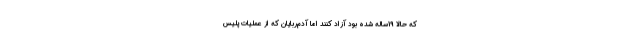
که حالا 19ساله شده بود آزاد کنند اما آدم‌ربایان که از عملیات پلیس